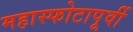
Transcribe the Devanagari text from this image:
महास्फोटापूर्वी